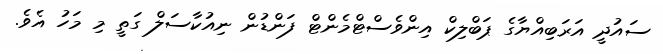
ސައުދީ އަރަބިއްޔާގެ ޕަބްލިކް އިންވެސްޓްމެންޓް ފަންޑުން ނިއުކާސަލް ގަތީ މި މަހު އެވެ.